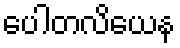
ပေါတလိယေန